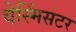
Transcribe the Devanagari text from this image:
वेस्मिंसटर